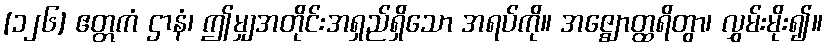
[၁၂၆] ဧတ္တကံ ဌာနံ၊ ဤမျှအတိုင်းအရှည်ရှိသော အရပ်ကို။ အဇ္ဈောတ္ထရိတွာ၊ လွှမ်းမိုး၍။